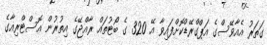
ގަތަރު އެއާވޭސްގެ އަޕްގްރޭޑްކޮށްފައިވާ އޭ 320 ގެ ބޯޓުތައް ރާއްޖޭގެ އިތުރުން އޮސްޓްރިއާގެ